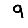
Digit: 9